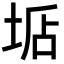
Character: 𡌐